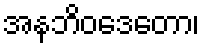
အနဘိဝဒေတော၊